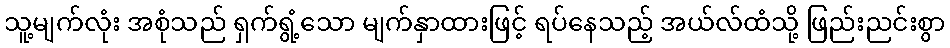
သူ့မျက်လုံး အစုံသည် ရှက်ရွံ့သော မျက်နှာထားဖြင့် ရပ်နေသည့် အယ်လ်ထံသို့ ဖြည်းညင်းစွာ